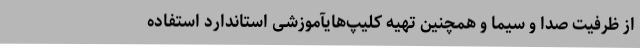
از ظرفیت صدا و سیما و همچنین تهیه کلیپ‌هایآموزشی استاندارد استفاده